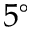
5 ^ { \circ }